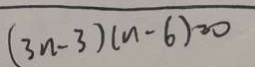
( 3 n - 3 ) ( n - 6 ) = 0